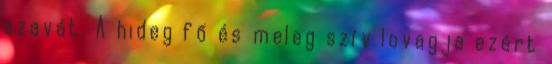
szavát. A hideg fő és meleg szív lovagja ezért